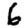
Digit: 6